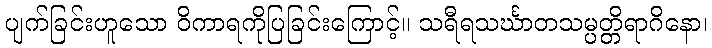
ပျက်ခြင်းဟူသော ဝိကာရကိုပြခြင်းကြောင့်။ သရီရသင်္ဃာတသမ္ပတ္တိရာဂိနော၊